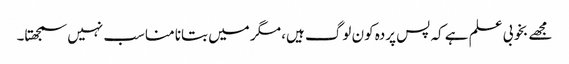
مجھے بخوبی علم ہے کہ پس پردہ کون لوگ ہیں، مگر میں بتانا مناسب نہیں سمجھتا۔